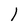
Character: 1